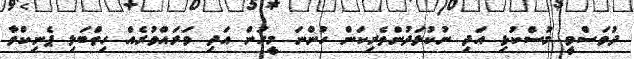
ދުވަސްވީ މުސްކުޅި އަދި ނުކުޅަދުންތެރިކަން ހުންނަ މީހުން އަދި ވަރައްވުރެެއް ހިތްބަލި ޕެނިކްވާ